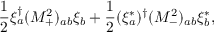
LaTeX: { \frac { 1 } { 2 } } \xi _ { a } ^ { \dagger } ( { \cal M } _ { + } ^ { 2 } ) _ { a b } \xi _ { b } + { \frac { 1 } { 2 } } ( \xi _ { a } ^ { * } ) ^ { \dagger } ( { \cal M } _ { - } ^ { 2 } ) _ { a b } \xi _ { b } ^ { * } ,